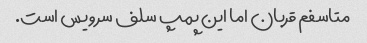
متاسفم قربان اما این پمپ سلف سرویس است.